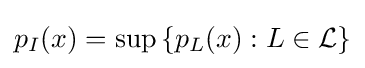
{\textstyle p_{I}(x)=\sup \left\{p_{L}(x):L\in {\mathcal {L}}\right\}}